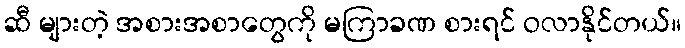
ဆီ များတဲ့ အစားအစာတွေကို မကြာခဏ စားရင် ဝလာနိုင်တယ်။